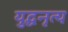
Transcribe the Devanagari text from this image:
युद्धनृत्य